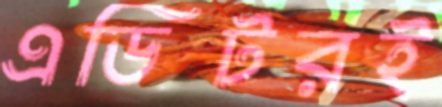
এডিটরই